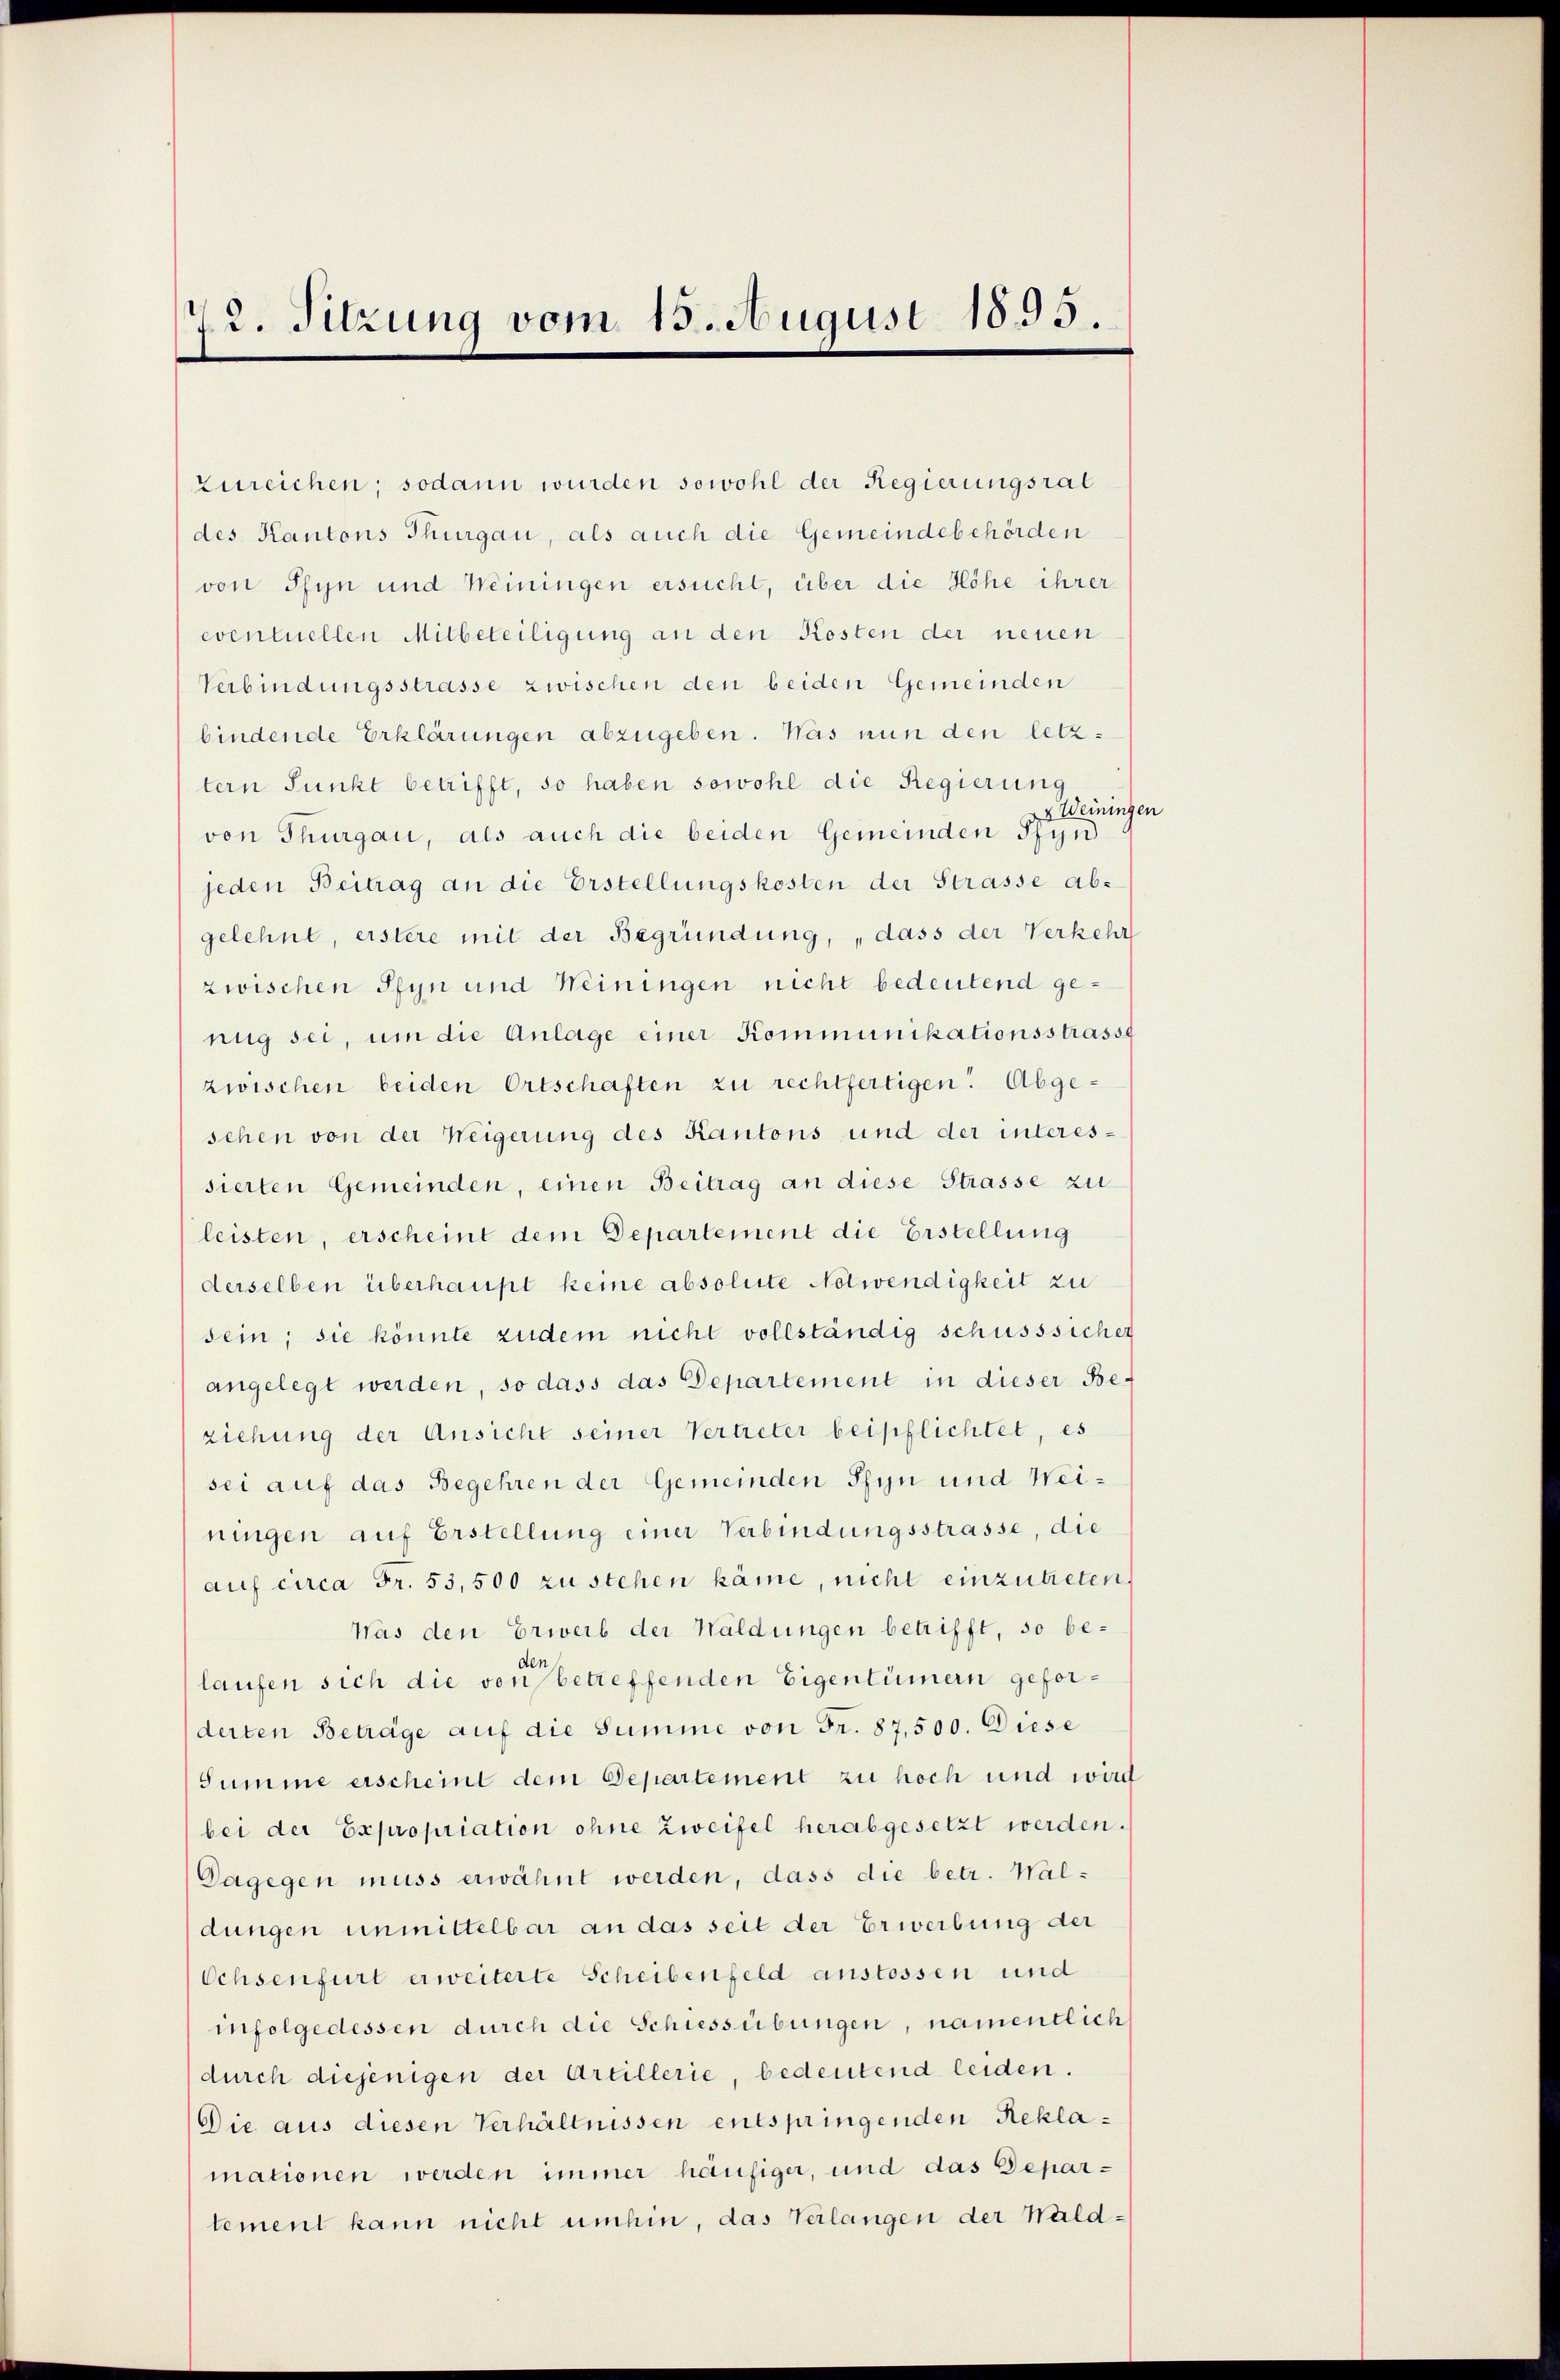
72. Sitzung vom 15. August 1833.

zureichen; sodann wurden sowohl der Regierungsrat
des Kantons Thurgau, als auch die Gemeindebehörden
von Pfyn und Weiningen ersucht, über die Höhe ihrer
eventuellen Mitbeteiligung an den Kosten der neuen
Verbindungsstrasse zwischen den beiden Gemeinden
bindende Erklärungen abzugeben. Was nun den letztern Punkt betrifft, so haben sowohl die Regierung
U
von Thurgau, als auch die beiden Gemeinden Pfyn
jeden Beitrag an die Erstellungskosten der Strasse abgelehnt, erstere mit der Begründung, „dass der Verkehr
zwischen Pfyn und Weiningen nicht bedeutend genug sei, um die Anlage einer Kommunikationsstrasse
zwischen beiden Ortschaften zu rechtfertigen. Abgesehen von der Weigerung des Kantons und der interessierten Gemeinden, einen Beitrag an diese Strasse zu
leisten, erscheint dem Departement die Erstellung
derselben überhaupt keine absolute Notwendigkeit zu
sein; sie könnte zudem nicht vollständig schusssicher
angelegt werden, so dass das Departement in dieser Be-
ziehung der Ansicht seiner Vertreter beipflichtet, es
sei auf das Begehren der Gemeinden Pfyn und Weiningen auf Erstellung einer Verbindungsstrasse, die
auf circa Fr. 53,500 zu stehen käme, nicht einzutreten.
Was den Erweib der Waldungen betrifft, so be-
laufen sich die von betreffenden Eigentümern geforderten Betrage auf die Summe von Fr. 87,500. Diese
Summe erscheint dem Departement zu hoch und wird
bei der Expropriation ohne Zweifel herabgesetzt werden.
Dagegen muss erwähnt werden, dass die betr. Waldungen unmittelbar an das seit der Erwerbung der
Ochsenfurt erweiterte Scheibenfeld anstossen und
infolgedessen durch die Schiessübungen, namentlich
durch diejenigen der Artillerie, bedeutend leiden.
Die aus diesen Verhältnissen entspringenden Reklamationen werden immer häufiger, und das Departement kann nicht umhin, das Verlangen der Wald¬

iningen